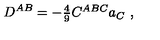
D ^ { A B } = - \textstyle { \frac { 4 } { 9 } } C ^ { A B C } a _ { C } \ ,